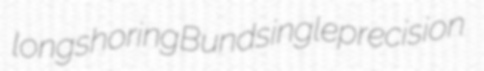
longshoring Bund singleprecision